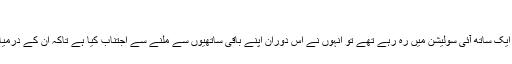
'
چنانچہ میگن، کیل اور بلی ایک ساتھ آئی سولیشن میں رہ رہے تھے تو انہوں نے اس دوران اپنے باقی ساتھیوں سے ملنے سے اجتناب کیا ہے تاکہ ان کے درمیان کووڈ 19 نہ پھیل سکے۔